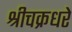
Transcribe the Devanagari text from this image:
श्रीचक्रधरे